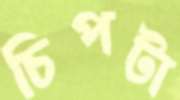
চিপটা